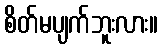
စိတ်မပျက်ဘူးလား။